King Institute of Preventive Medicine Micro-Biological Section reports 1909-11
Year: 1909
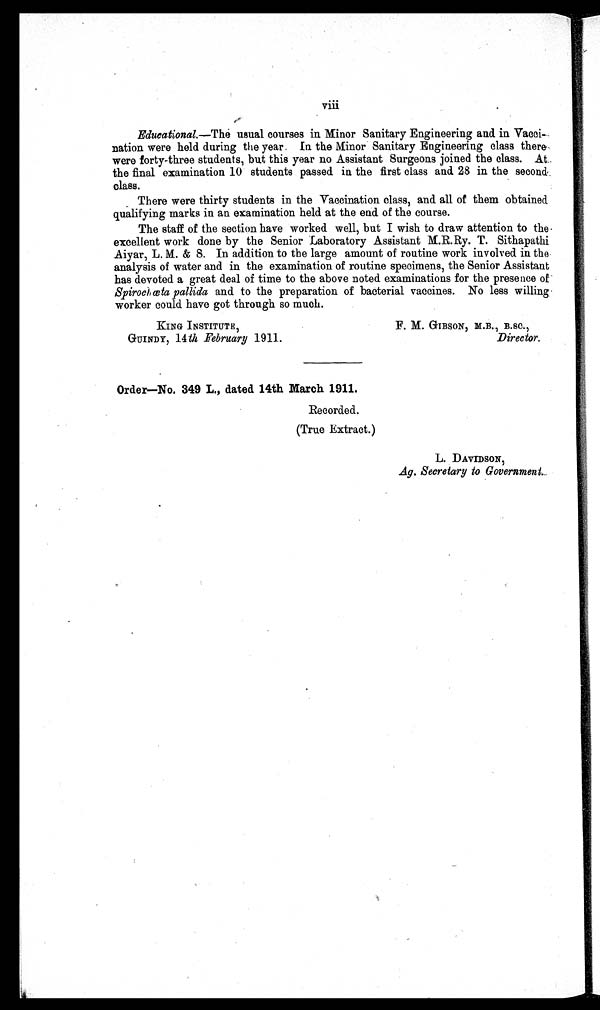
viii
Educational.—The usual courses in Minor Sanitary Engineering and in Vacci-
nation were held during the year. In the Minor Sanitary Engineering class there
were forty-three students, but this year no Assistant Surgeons joined the class. At..
the final examination 10 students passed in the first class and 28 in the second_
class.
There were thirty students in the Vaccination class, and all of them obtained
qualifying marks in an examination held at the end of the course.
The staff of the section have worked well, but I wish to draw attention to the-
excellent work done by the Senior Laboratory Assistant M.R.Ry. T. Sithapathi
Aiyar, L. M. & S. In addition to the large amount of routine work involved in the.
analysis of water and in the examination of routine specimens, the Senior Assistant
has devoted a great deal of time to the above noted examinations for the presence of
Spirochœta pallida and to the preparation of bacterial vaccines. No less willing
worker could have got through so much.
KING INSTITUTE,
F. M. GIBSON, M.B., B.SC.,
GUINDY, 14th February 1911.
Director.
Order—No. 349 L., dated 14th March 1911.
Recorded.
(True Extract.)
L. DAVIDSON,
Ag. Secretary to Government...